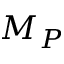
M _ { P }